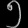
Digit: ၅